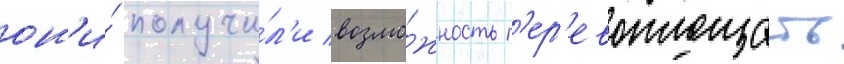
он'и́ получи́л'и возмо́жность п'ер'евоплощать